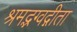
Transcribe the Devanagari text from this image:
श्रमद्भग्वद्गीता